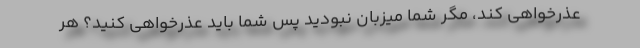
عذرخواهی کند، مگر شما میزبان نبودید پس شما باید عذرخواهی کنید؟ هر